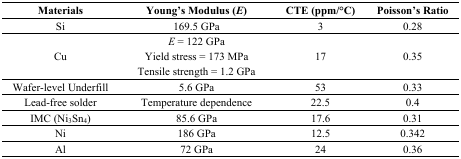
<table><thead><tr><td><b>Materials</b></td><td><b>Young’s Modulus (<i>E</i>)</b></td><td><b>CTE (ppm/°C)</b></td><td><b>Poisson’s Ratio</b></td></tr></thead><tbody><tr><td>Si</td><td>169.5 GPa</td><td>3</td><td>0.28</td></tr><tr><td>Cu</td><td><i>E</i> = 122 GPa Yield stress = 173 MPa Tensile strength = 1.2 GPa</td><td>17</td><td>0.35</td></tr><tr><td>Wafer-level Underfill</td><td>5.6 GPa</td><td>53</td><td>0.33</td></tr><tr><td>Lead-free solder</td><td>Temperature dependence</td><td>22.5</td><td>0.4</td></tr><tr><td>IMC (Ni<sub>3</sub>Sn<sub>4</sub>)</td><td>85.6 GPa</td><td>17.6</td><td>0.31</td></tr><tr><td>Ni</td><td>186 GPa</td><td>12.5</td><td>0.342</td></tr><tr><td>Al</td><td>72 GPa</td><td>24</td><td>0.36</td></tr></tbody></table>